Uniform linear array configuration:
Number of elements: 48
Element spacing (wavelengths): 0.25
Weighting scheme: hamming
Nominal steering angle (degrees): -30
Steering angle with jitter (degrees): -31.076
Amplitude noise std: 0.05
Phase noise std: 0.05

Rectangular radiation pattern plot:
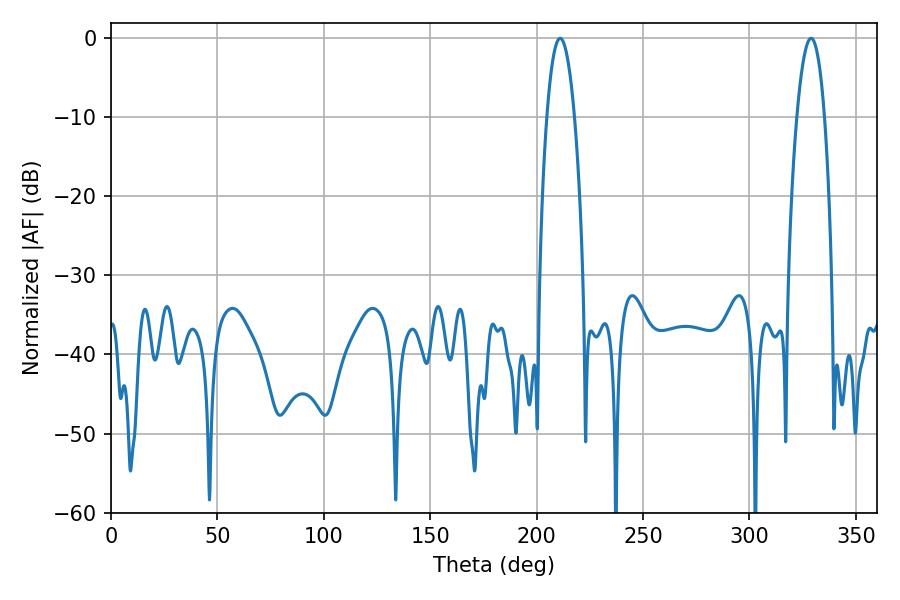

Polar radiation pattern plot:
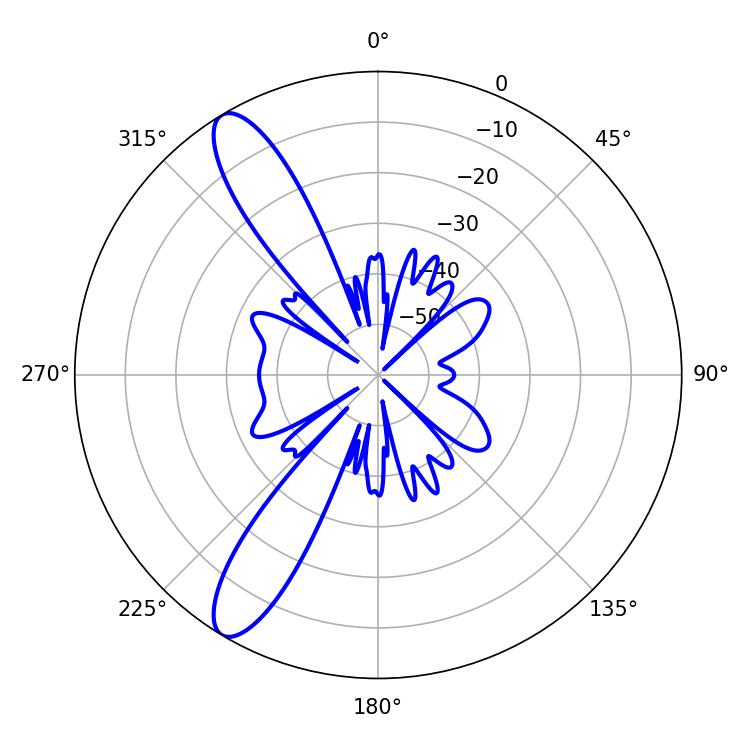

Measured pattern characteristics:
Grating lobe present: FALSE
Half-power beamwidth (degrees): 7.2
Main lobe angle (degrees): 210.96